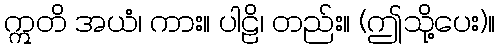
ဣတိ အယံ၊ ကား။ ပါဠိ၊ တည်း။ (ဤသို့ပေး)။